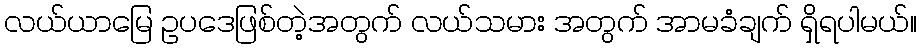
လယ်ယာမြေ ဥပဒေဖြစ်တဲ့အတွက် လယ်သမား အတွက် အာမခံချက် ရှိရပါမယ်။